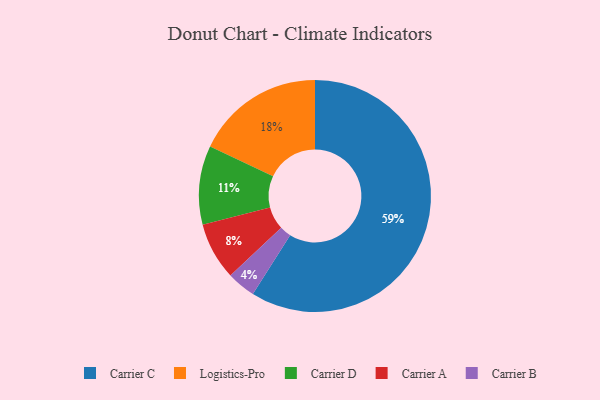
{"axis": {"x": "Category", "y": "Percentage"}, "legend": ["Carrier A", "Carrier B", "Carrier C", "Carrier D", "Logistics-Pro"], "data": [{"x": "Carrier C", "y": 59, "type": "Carrier C"}, {"x": "Carrier A", "y": 8, "type": "Carrier A"}, {"x": "Logistics-Pro", "y": 18, "type": "Logistics-Pro"}, {"x": "Carrier D", "y": 11, "type": "Carrier D"}, {"x": "Carrier B", "y": 4, "type": "Carrier B"}]}